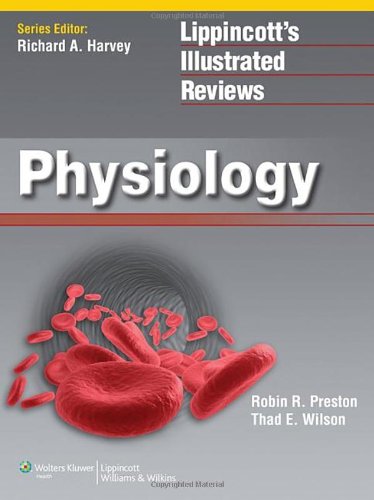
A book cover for Lippincott Illustrated Reviews: Physiology (Lippincott Illustrated Reviews Series); Robin R Preston PhD; Medical Books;